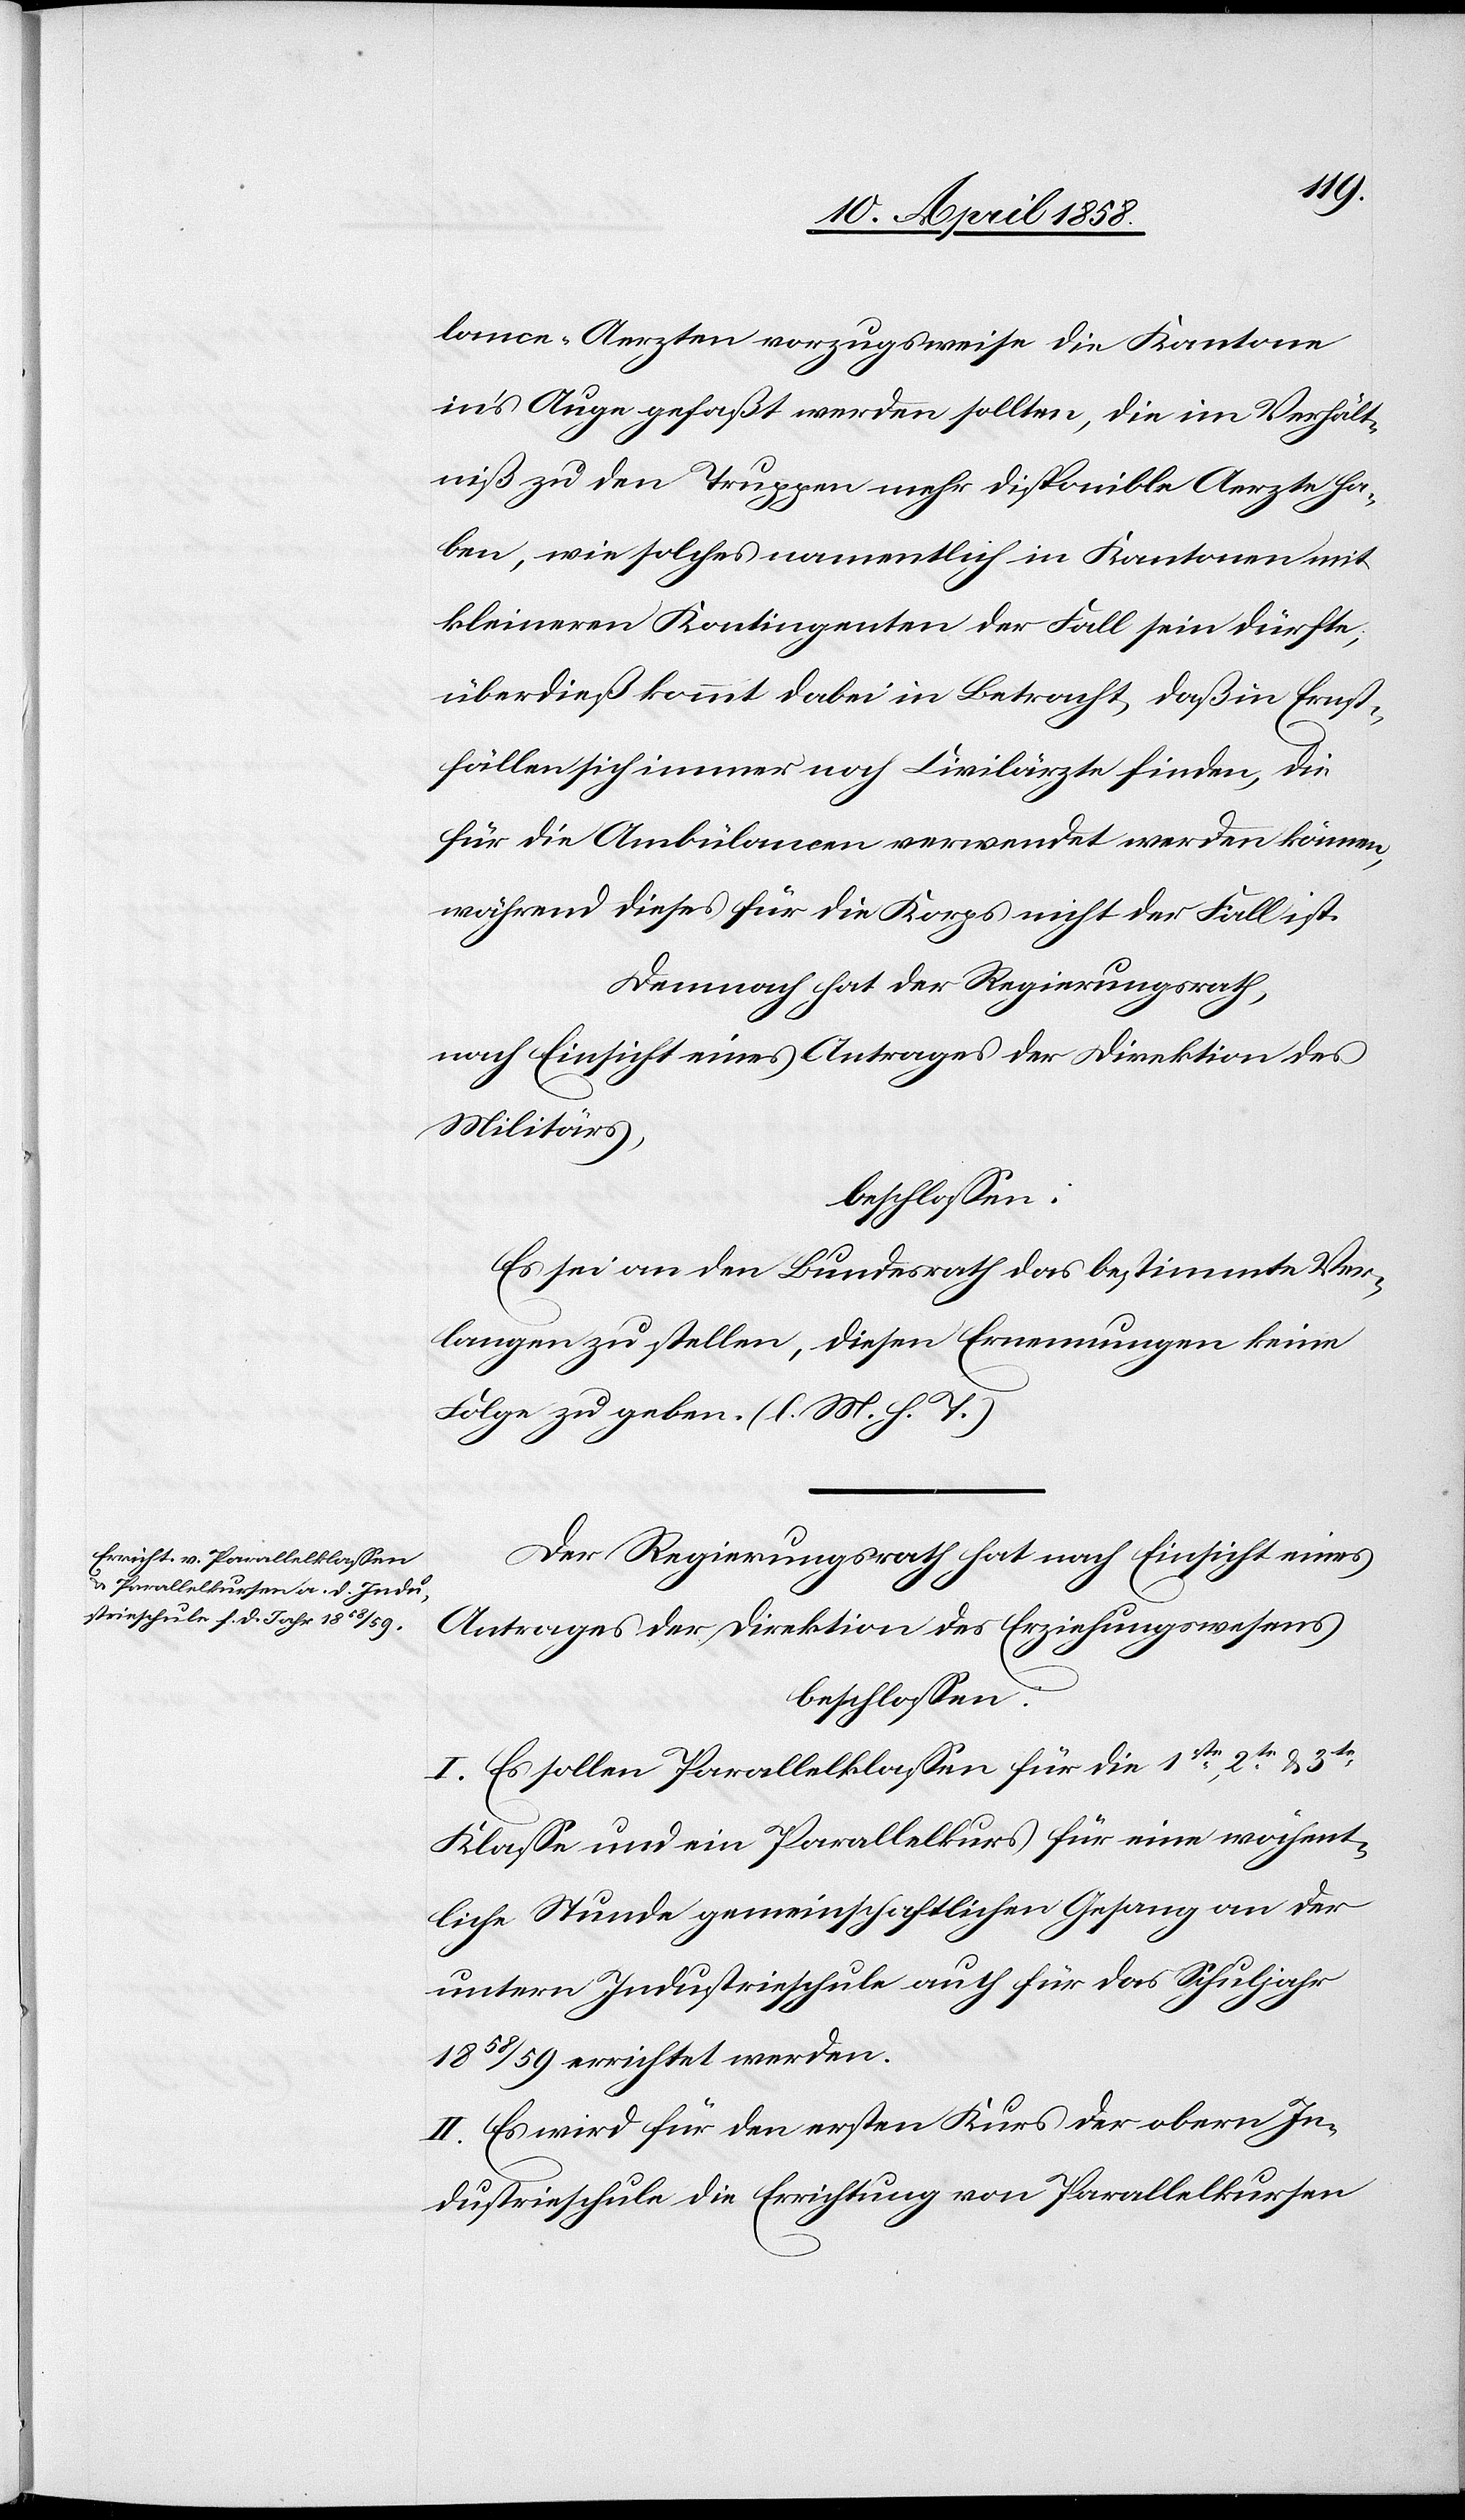
lance-Aerzten vorzugsweise die Kantone
in’s Auge gefaßt werden sollten, die im Verhält¬
niß zu den Truppen mehr disponible Aerzte ha¬
ben, wie solches namentlich in Kantonen mit
kleinern Kontingenten der Fall sein dürfte,
überdieß kommt dabei in Betracht, daß in Ernst¬
fällen sich immer noch Civilärzte finden, die
für die Ambülancen verwendet werden können,
während dieses für die Korps nicht der Fall ist.
Demnach hat der Regierungsrath,
nach Einsicht eines Antrages der Direktion des
Militärs,
beschlossen:
Es sei an den Bundesrath das bestimmte Ver¬
langen zu stellen, diesen Ernennungen keine
Folge zu geben. (l. M. h. T.)
Der Regierungsrath hat nach Einsicht eines
Antrages der Direktion des Erziehungswesens
beschlossen:
I. Es sollen Parallelklassen für die 1ste, 2te u. 3te
Klasse und ein Parallelkurs für eine wöchent¬
liche Stunde gemeinschaftlichen Gesang an der
untern Industrieschule auch für das Schuljahr
1858/59 errichtet werden.
II. Es wird für den ersten Kurs der obern In¬
dustrieschule die Errichtung von Parallelkursen